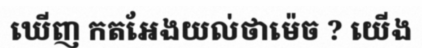
ឃើញ កតអែងយល់ថាម៉េច ? យើង